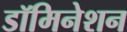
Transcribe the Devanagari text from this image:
डॉमिनेशन